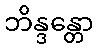
ဘိန္ဒန္တော